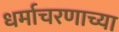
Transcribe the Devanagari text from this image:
धर्माचरणाच्या